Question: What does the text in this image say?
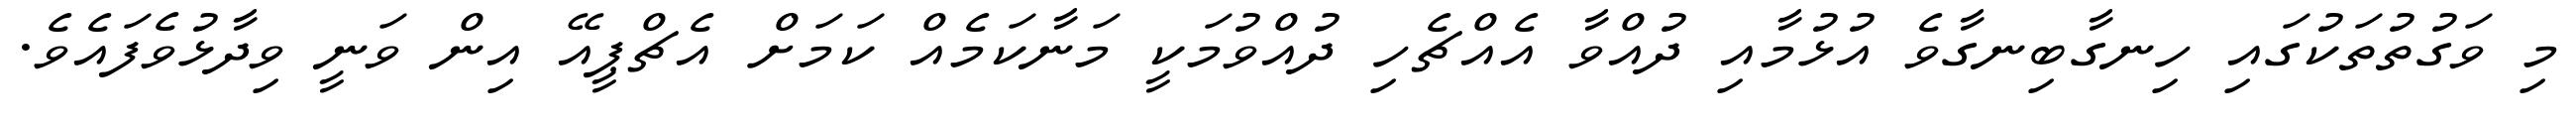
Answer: މި ވަގުތުތަކުގައި ހިނގާބިނގާވެ އުޅުމާއި ދުއްވާ އެއްޗެހި ދުއްވުމަކީ މަނާކަމެއް ކަމަށް އެޗްޕީއޭ އިން ވަނީ ވިދާޅުވެފައެވެ.